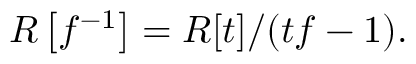
R \left[ f ^ { - 1 } \right] = R [ t ] / ( t f - 1 ) .